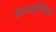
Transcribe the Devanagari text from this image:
कनवर्टिबल